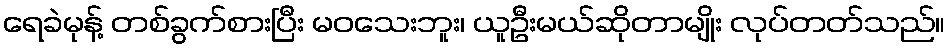
ရေခဲမုန့် တစ်ခွက်စားပြီး မဝသေးဘူး၊ ယူဦးမယ်ဆိုတာမျိုး လုပ်တတ်သည်။